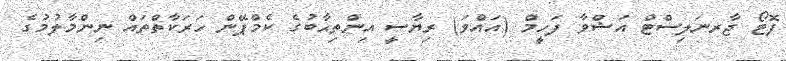
ފޮޓޯ ޖާރނަލިސްޓް އަޝްވާ ފަހީމް (އައްވަ) ރިޔާސީ އިންތިޙާބުގެ ކެމްޕޭން ހަރަކާތްތައް ނިންމާލުމުގެ